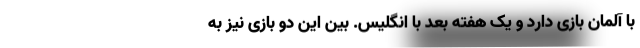
با آلمان بازی دارد و یک هفته بعد با انگلیس. بین این دو بازی نیز به